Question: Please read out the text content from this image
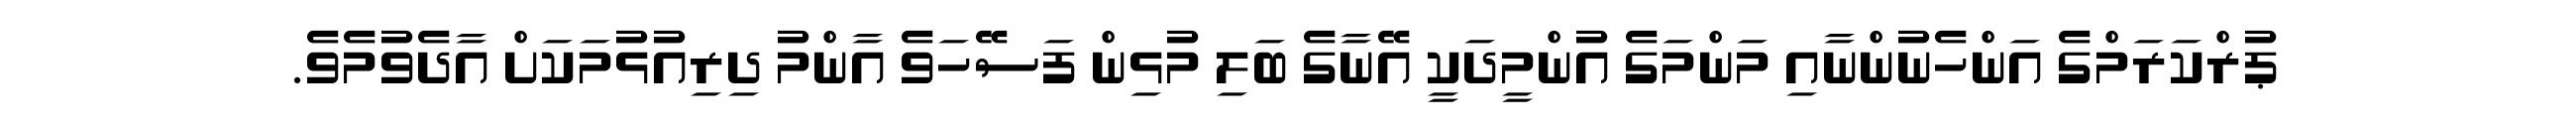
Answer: ޕުރްކަރަމްގެ އަންހެނުންނާއި މަންމަގެ އުންމީދަކީ އޭނާގެ ބަލި މުޅިން ފަސޭހަވެ އާންމު ދިރިއުޅުމަކަށް އާދެވުމެވެ.